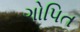
ગોપિત